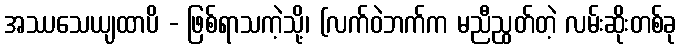
အဿသေယျထာပိ - ဖြစ်ရာသကဲ့သို့၊ (လက်ဝဲဘက်က မညီညွတ်တဲ့ လမ်းဆိုးတစ်ခု